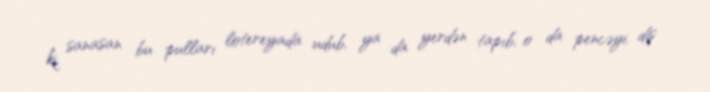
ki, sanasan bu pulları lotereyada udub, ya da yerdən tapıb, o da pencəyi, diş